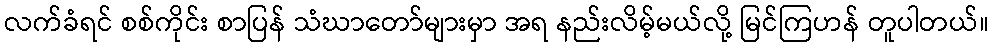
လက်ခံရင် စစ်ကိုင်း စာပြန် သံဃာတော်များမှာ အရ နည်းလိမ့်မယ်လို့ မြင်ကြဟန် တူပါတယ်။